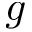
g